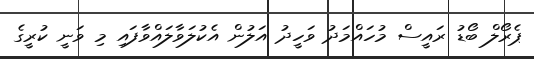
ޕެރޯލް ބޯޑު ރައީސް މުހައްމަދު ވަހީދު އަލުން އެކުލަވާލައްވާފައި މި ވަނީ ކުރީގެ